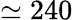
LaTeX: \simeq 240